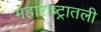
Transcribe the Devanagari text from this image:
महाराष्ट्रातली